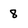
Character: 8